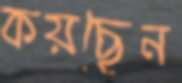
কয়ছেন